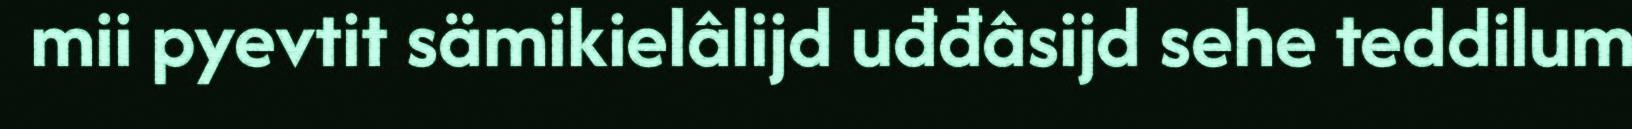
mii pyevtit sämikielâlijd uđđâsijd sehe teddilum